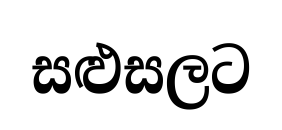
සළුසලට